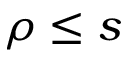
\rho \leq s